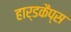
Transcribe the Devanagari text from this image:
हार्डकैप्स